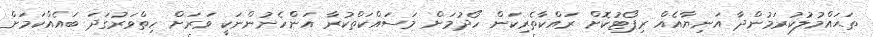
ތަޙައްމުލުކުރަމުންދާ އަނިޔާއެއް ރިޕޯޓުކޮށް ރައްކާތެރިކަން ހޯދުމަށް މަސައްކަތްކުރާ އަންހެނުންނަކީ ވަރަށް ހިތްވަރުގަދަ ބައެއްކަމަށް